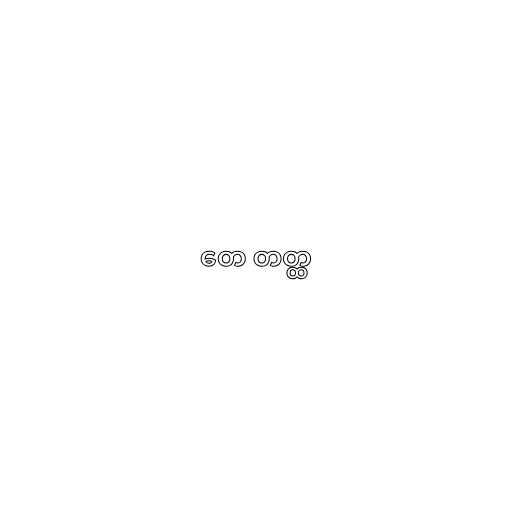
တေ တတ္ထ